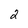
Character: 2